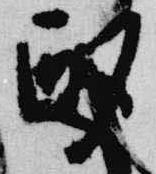
酌